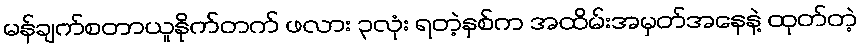
မန်ချက်စတာယူနိုက်တက် ဖလား ၃လုံး ရတဲ့နှစ်က အထိမ်းအမှတ်အနေနဲ့ ထုတ်တဲ့